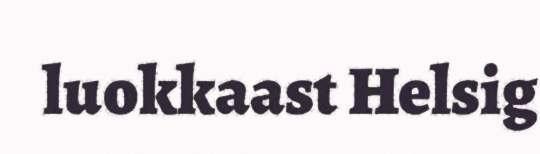
luokkaast Helsig